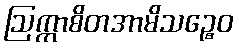
ဩက္ကာစိတအာမိသဉ္စေဝ